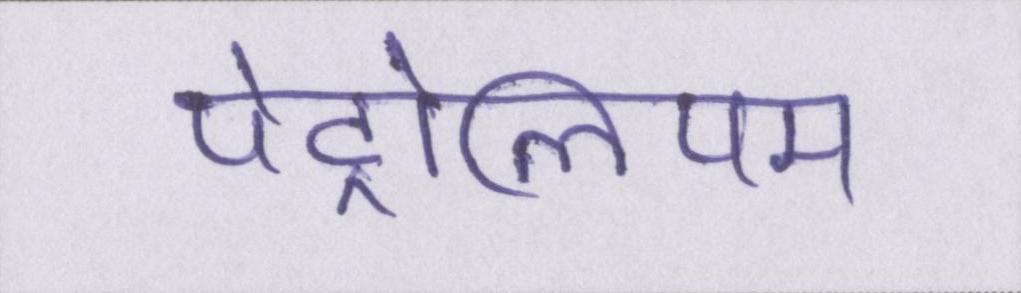
पेट्रोलियम